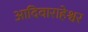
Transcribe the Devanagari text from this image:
आदिवाराहेश्वर